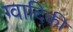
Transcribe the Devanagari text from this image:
ग्वादिकी